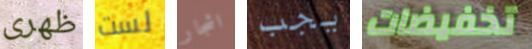
ظهرى لست اشجار يجب تخفيضات